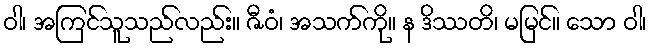
ဝါ၊ အကြင်သူသည်လည်း။ ဇီဝံ၊ အသက်ကို။ န ဒိဿတိ၊ မမြင်။ သော ဝါ၊